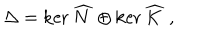
\Delta = \ker \widehat { N } \oplus \ker \widehat { K } ~ ,